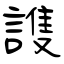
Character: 謢